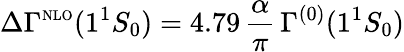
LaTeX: \Delta\Gamma^{\mathrm{{\scriptscriptstyle NLO}}}(1{^1}S_{0})=4.79\, \frac{\alpha}{\pi}\, \Gamma^{(0)}(1{^1}S_{0})